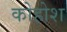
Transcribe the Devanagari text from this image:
कोहोश